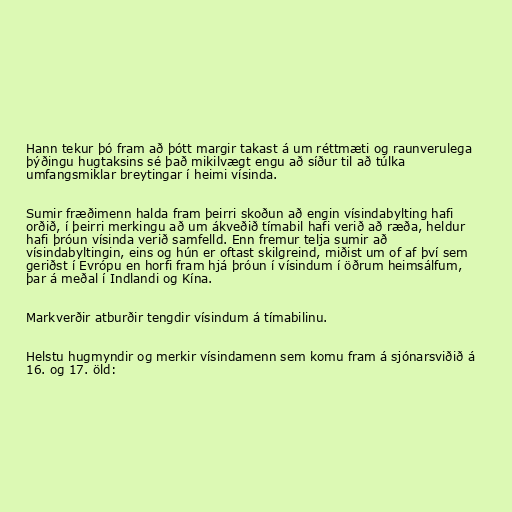
Hann tekur þó fram að þótt margir takast á um réttmæti og raunverulega
þýðingu hugtaksins sé það mikilvægt engu að síður til að túlka
umfangsmiklar breytingar í heimi vísinda.

Sumir fræðimenn halda fram þeirri skoðun að engin vísindabylting hafi
orðið, í þeirri merkingu að um ákveðið tímabil hafi verið að ræða, heldur
hafi þróun vísinda verið samfelld. Enn fremur telja sumir að
vísindabyltingin, eins og hún er oftast skilgreind, miðist um of af því sem
geriðst í Evrópu en horfi fram hjá þróun í vísindum í öðrum heimsálfum,
þar á meðal í Indlandi og Kína.

Markverðir atburðir tengdir vísindum á tímabilinu.

Helstu hugmyndir og merkir vísindamenn sem komu fram á sjónarsviðið á
16. og 17. öld: